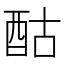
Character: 酤